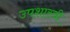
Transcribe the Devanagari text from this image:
उपशास्त्री